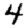
Digit: 4